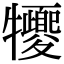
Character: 㹛